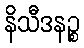
နိသီဒနဉ္စ